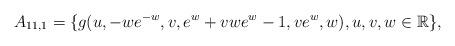
LaTeX: \begin{align*} A_{11,1}=\{g(u,-we^{-w},v,e^{w}+vwe^{w}-1,ve^{w},w), u,v,w \in \mathbb R\}, \end{align*}